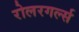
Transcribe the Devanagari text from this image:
रोलरगर्ल्स